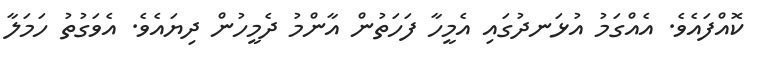
ކޮއްފައެވެ. އެއްގަމު އުޅަނދުގައި އެމީހާ ފަހަތުން އާންމު ދެމީހުން ދިޔައެވެ. އެވަގުތު ހަމަލާ